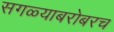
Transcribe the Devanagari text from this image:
सगळ्याबरोबरच